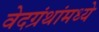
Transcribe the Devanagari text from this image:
वेदग्रंथांमध्ये